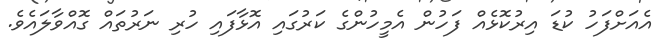
އެއަށްފަހު ކުޑަ އިރުކޮޅެއް ފަހުން އެމީހުންގެ ކަރުގައި އޮޅާފައި ހުރި ނަރުތައް ގޮއްވާލައެވެ.